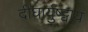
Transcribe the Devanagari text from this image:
दीघार्युष्ट्वाय